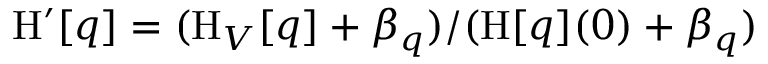
\mathrm { H } ^ { \prime } [ q ] = ( \mathrm { H } _ { V } [ q ] + \beta _ { q } ) / ( \mathrm { H } [ q ] ( 0 ) + \beta _ { q } )